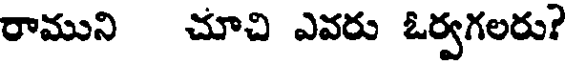
రాముని చూచి ఎవరు ఓర్వగలరు?